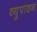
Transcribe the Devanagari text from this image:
व्युपादन